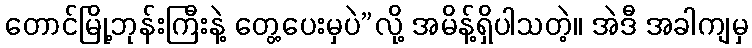
တောင်မြို့ဘုန်းကြီးနဲ့ တွေ့ပေးမှပဲ”လို့ အမိန့်ရှိပါသတဲ့။ အဲဒီ အခါကျမှ